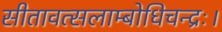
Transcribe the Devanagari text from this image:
सीतावत्सलाम्बोधिचन्द्रः।